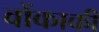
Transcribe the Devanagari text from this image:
वोंकाकी